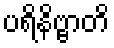
ပရိနိဗ္ဗာတိ